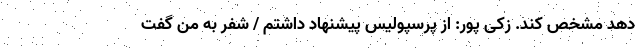
دهد مشخص کند. زکی پور: از پرسپولیس پیشنهاد داشتم / شفر به من گفت